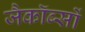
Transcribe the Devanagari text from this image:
जैकॉब्सों